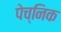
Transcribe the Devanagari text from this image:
पेच्निक